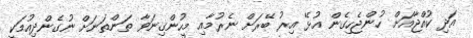
އަދި ކުއްޖާއަށް ހުންޖެހިގެން އުޅޭ އިރު ބޭރަށް ނެރުމާއި މީހުންގިނަވާ ތަންތަނަށް ނުގެންދިއުމަކީ